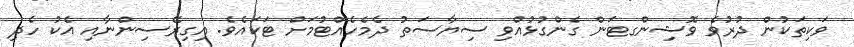
ވަކިތަކުން ދުރުވެ ވޮޝިންގޓަން ގެންގުޅުއްވި ސިޔާސަތު ދެމެހެއްޓުމަށް ޓަކައެވެ. އިގިރޭސިންނާއި އެކު ހެދި